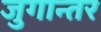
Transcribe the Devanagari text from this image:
जुगान्तर